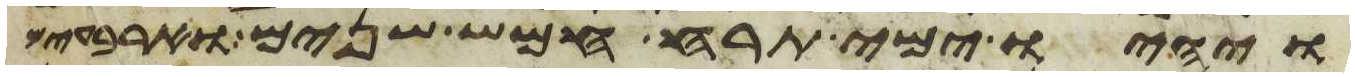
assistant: ויהיו ימי תרח חמש שנים וארבעים